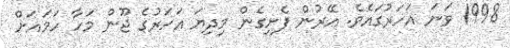
1998 ވަނަ އަހަރުގައެވެ. އޭރުން ފެށިގެން މިދިޔަ އަހަރުގެ ޖޫން މަހާ ހަމައަށް